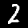
Label: 2